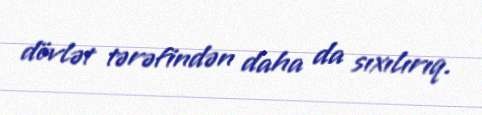
dövlət tərəfindən daha da sıxılırıq.